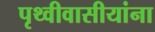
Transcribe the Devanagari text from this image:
पृथ्वीवासीयांना